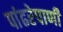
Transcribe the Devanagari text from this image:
पांढरेपाणी